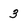
Character: 3